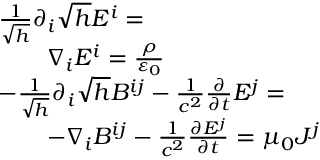
{ \begin{array} { r l } & { { \frac { 1 } { \sqrt { h } } } \partial _ { i } { \sqrt { h } } E ^ { i } = } \\ & { \qquad \nabla _ { i } E ^ { i } = { \frac { \rho } { \varepsilon _ { 0 } } } } \\ & { { - } { \frac { 1 } { \sqrt { h } } } \partial _ { i } { \sqrt { h } } B ^ { i j } - { \frac { 1 } { c ^ { 2 } } } { \frac { \partial } { \partial t } } E ^ { j } = } \\ & { \qquad { - } \nabla _ { i } B ^ { i j } - { \frac { 1 } { c ^ { 2 } } } { \frac { \partial E ^ { j } } { \partial t } } = \mu _ { 0 } J ^ { j } } \end{array} }